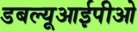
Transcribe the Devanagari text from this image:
डबल्यूआईपीओ